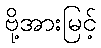
ဗို့အားမြင့်